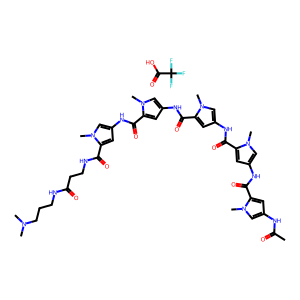
SMILES: CC(=O)Nc1cc(C(=O)Nc2cc(C(=O)Nc3cc(C(=O)Nc4cc(C(=O)Nc5cc(C(=O)NCCC(=O)NCCCN(C)C)n(C)c5)n(C)c4)n(C)c3)n(C)c2)n(C)c1.O=C(O)C(F)(F)F
Inhibits HIV replication: No